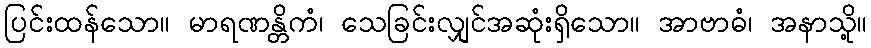
ပြင်းထန်သော။ မာရဏန္တိကံ၊ သေခြင်းလျှင်အဆုံးရှိသော။ အာဗာဓံ၊ အနာသို့။